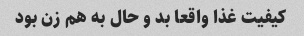
کیفیت غذا واقعا بد و حال به هم زن بود